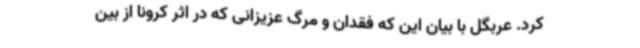
کرد. عربگل با بیان این که فقدان و مرگ عزیزانی که در اثر کرونا از بین